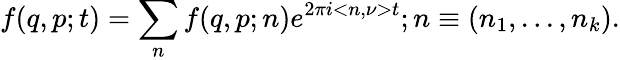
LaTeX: f(q,p;t)=\sum_{n}f(q,p;n)e^{2{\pi}i<n,\nu>t};n\equiv(n_{1},...,n_{k}).